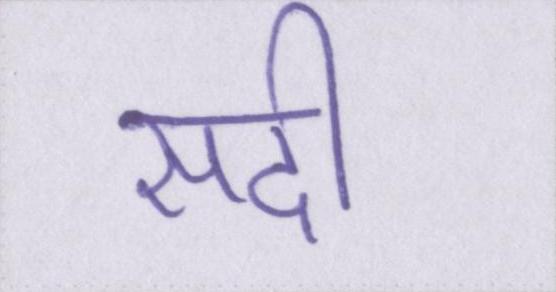
सदी